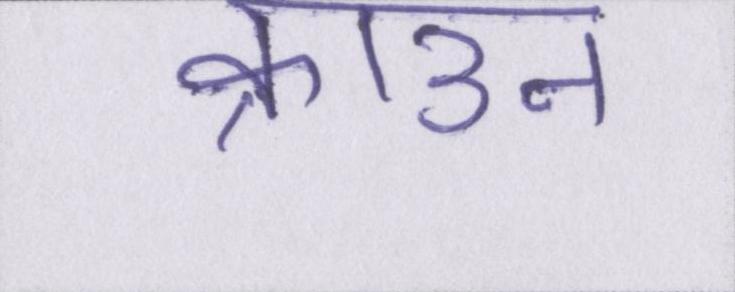
क्राउन